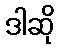
ဒါဆို